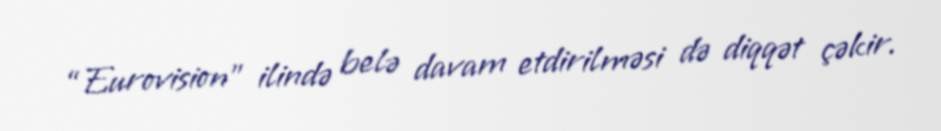
“Eurovision” ilində belə davam etdirilməsi də diqqət çəkir.